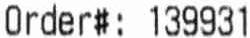
ORDER#: 139931